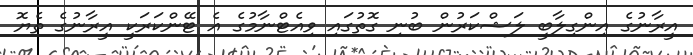
އީރާނުގެ އިންގިލާބީ ލަޝްކަރުން ބުނި ގޮތުގައި ވިއެޓްނާމުގެ އެ ޓޭންކަރަކީ އީރާނުގެ ތެޔޮ